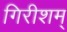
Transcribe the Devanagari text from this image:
गिरीशम्